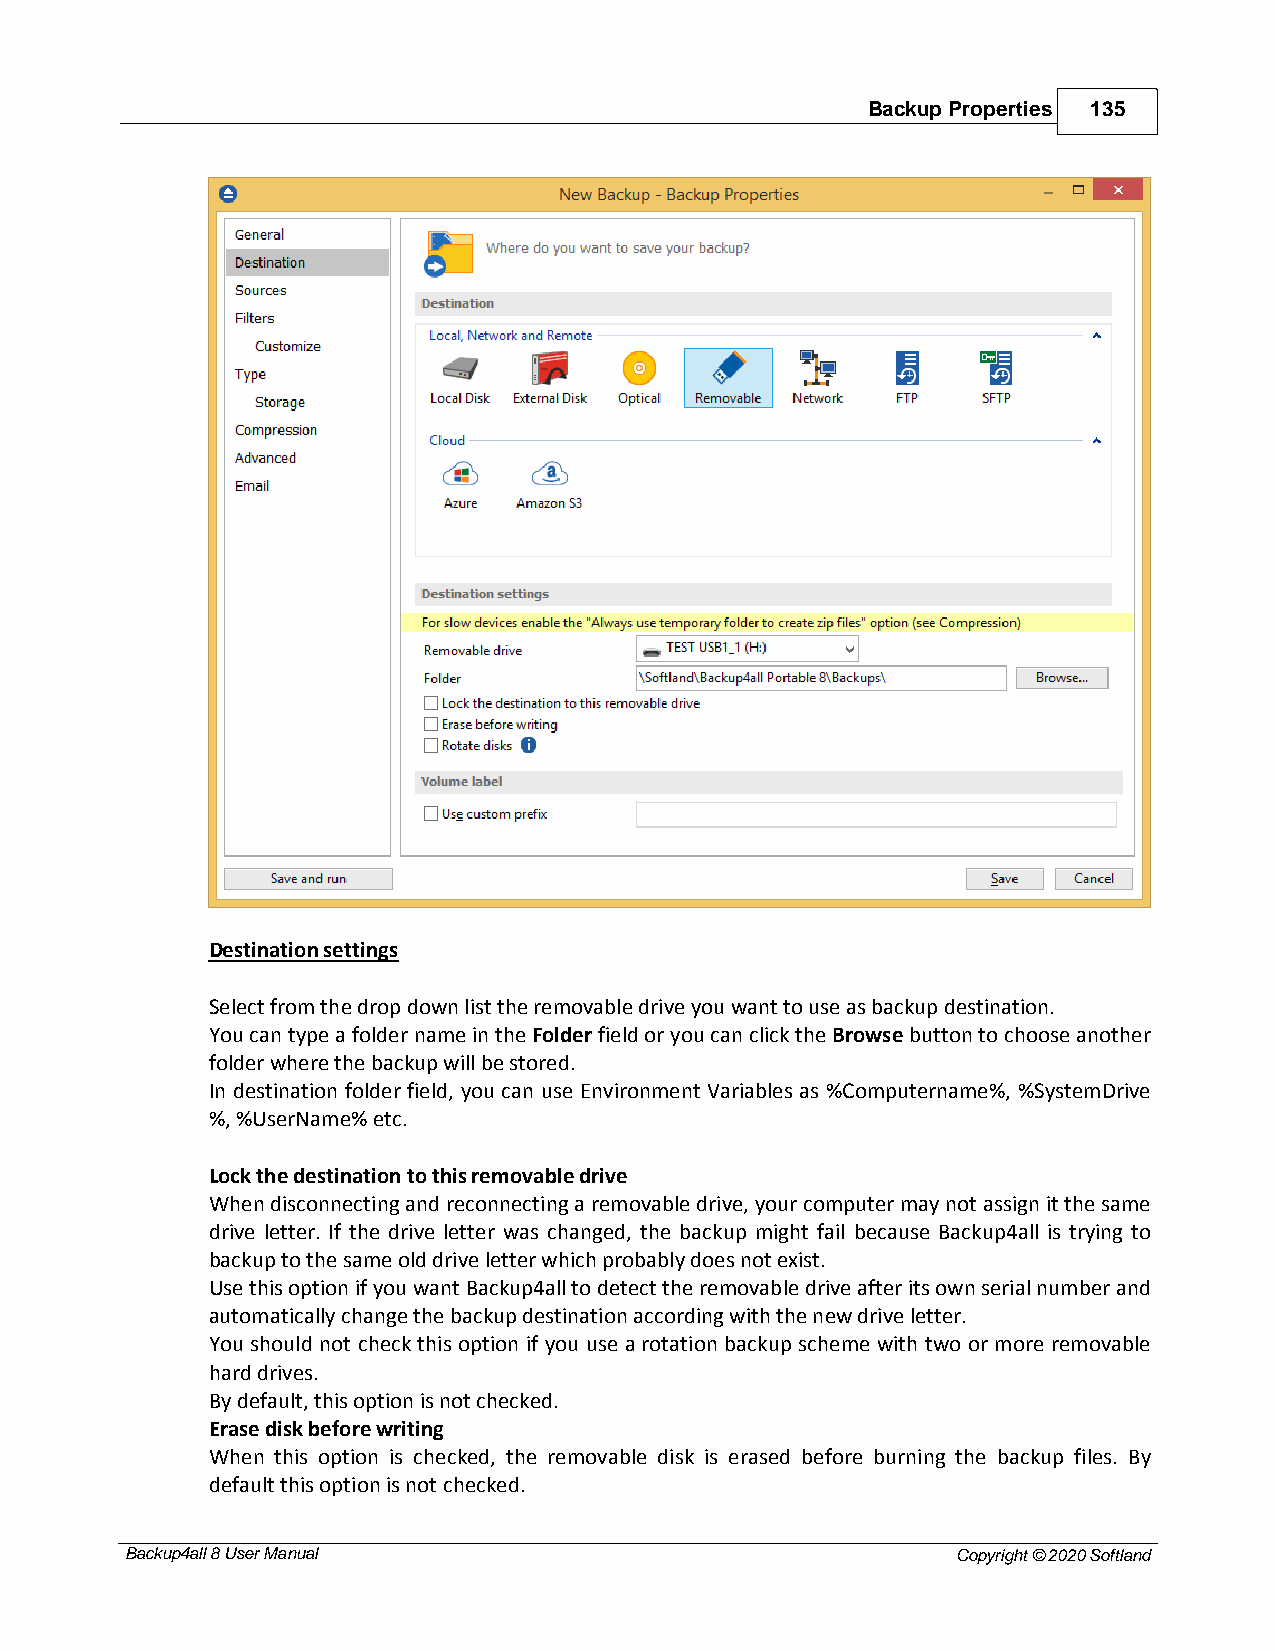
Backup Properties 135
 Destination settings
 Select from the drop down list the removable drive you want to use as backup destination.
 You can type a folder name in the Folder field or you can click the Browse button to choose another
 folder where the backup will be stored.
 In destination folder field, you can use Environment Variables as %Computername%, %SystemDrive
 %, %UserName% etc.
 Lock the destination to this removable drive
 When disconnecting and reconnecting a removable drive, your computer may not assign it the same
 drive letter. If the drive letter was changed, the backup might fail because Backup4all is trying to
 backup to the same old drive letter which probably does not exist.
 Use this option if you want Backup4all to detect the removable drive after its own serial number and
 automatically change the backup destination according with the new drive letter.
 You should not check this option if you use a rotation backup scheme with two or more removable
 hard drives.
 By default, this option is not checked.
 Erase disk before writing
 When this option is checked, the removable disk is erased before burning the backup files. By
 default this option is not checked.
 Backup4all 8 User Manual                               Copyright © 2020 Softland